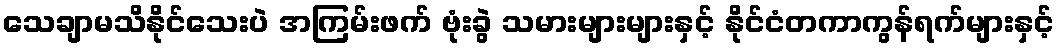
သေချာမသိနိုင်သေးပဲ အကြမ်းဖက် ဗုံးခွဲ သမားများများနှင့် နိုင်ငံတကာကွန်ရက်များနှင့်